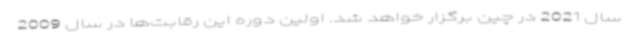
سال 2021 در چین برگزار خواهد شد. اولین دوره این رقابت‌ها در سال 2009